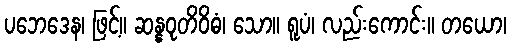
ပဘေဒေန၊ ဖြင့်။ ဆန္နဝုတိဝိဓံ၊ သော။ ရူပံ၊ လည်းကောင်း။ တယော၊